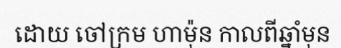
ដោយ ចៅក្រម ហាម៉ុន កាលពីឆ្នាំមុន